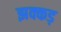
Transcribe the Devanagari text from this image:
झक्कड़